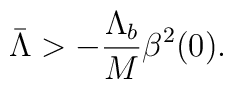
\bar\Lambda>-\frac{\Lambda_b}{M}\beta^2(0).